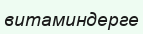
витаминдерге